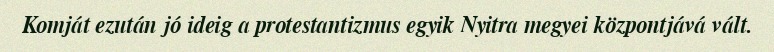
Komját ezután jó ideig a protestantizmus egyik Nyitra megyei központjává vált.